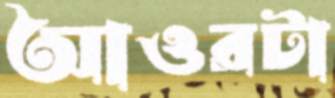
আওরটা